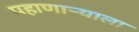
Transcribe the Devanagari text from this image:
पहाणार्‍याला